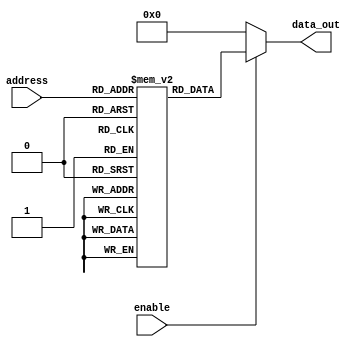
module parameterized_rom #(
    parameter ADDR_WIDTH = 8,  // Width of the address bus
    parameter DATA_WIDTH = 16   // Width of the data output
) (
    input  wire [ADDR_WIDTH-1:0] address,  // Address input
    input  wire enable,                     // Enable signal
    output reg  [DATA_WIDTH-1:0] data_out   // Data output
);

// ROM initialization with predefined constant values
// The size of the ROM is 2^ADDR_WIDTH
reg [DATA_WIDTH-1:0] rom [(2**ADDR_WIDTH)-1:0];

// Initial block to load data into the ROM
initial begin
    // Example initialization values
    // You can modify these values as needed
    rom[0]  = 16'h0001;
    rom[1]  = 16'h0002;
    rom[2]  = 16'h0003;
    rom[3]  = 16'h0004;
    rom[4]  = 16'h0005;
    rom[5]  = 16'h0006;
    rom[6]  = 16'h0007;
    rom[7]  = 16'h0008;
    // Add more initialization values as needed
    // Ensure you fill up to 2^ADDR_WIDTH entries if necessary
end

// Combinational logic to output data based on address and enable signal
always @(*) begin
    if (enable) begin
        data_out = rom[address];  // Read data from ROM
    end else begin
        data_out = {DATA_WIDTH{1'b0}};  // Output zero when not enabled
    end
end

endmodule